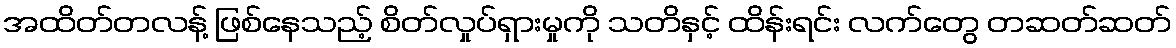
အထိတ်တလန့် ဖြစ်နေသည့် စိတ်လှုပ်ရှားမှုကို သတိနှင့် ထိန်းရင်း လက်တွေ တဆတ်ဆတ်